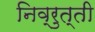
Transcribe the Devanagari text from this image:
निव्रुत्ती